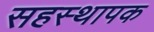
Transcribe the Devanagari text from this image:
सहस्थापक